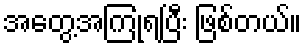
အတွေ့အကြုံရပြီး ဖြစ်တယ်။